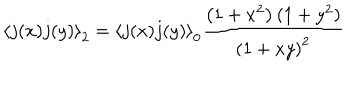
\left\langle j ( x ) j ( y ) \right\rangle _ { 2 } = \left\langle j ( x ) j ( y ) \right\rangle _ { 0 } \frac { \left( 1 + x ^ { 2 } \right) ( 1 + y ^ { 2 } ) } { \left( 1 + x y \right) ^ { 2 } }